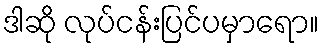
ဒါဆို လုပ်ငန်းပြင်ပမှာရော။